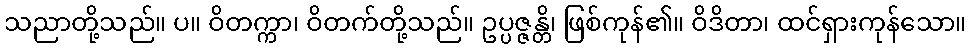
သညာတို့သည်။ ပ။ ဝိတက္ကာ၊ ဝိတက်တို့သည်။ ဥပ္ပဇ္ဇန္တိ၊ ဖြစ်ကုန်၏။ ဝိဒိတာ၊ ထင်ရှားကုန်သော။